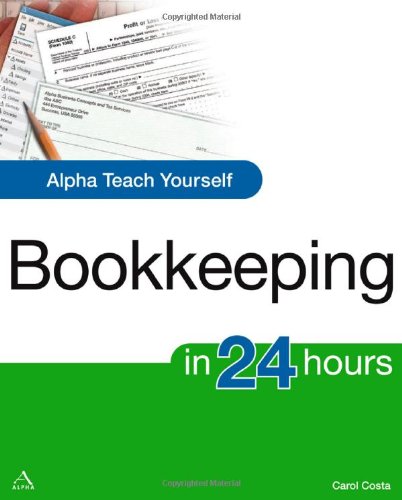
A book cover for Alpha Teach Yourself Bookkeeping in 24 Hours (Alpha Teach Yourself in 24 Hours); Carol Costa; Business & Money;